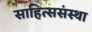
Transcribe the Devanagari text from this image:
साहित्ससंस्था